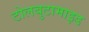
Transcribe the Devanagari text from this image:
टोलबुटामाइड